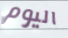
اليوم